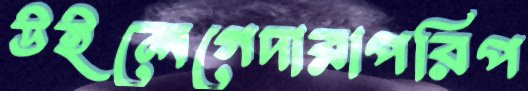
উইলেগেদারাপরিপ